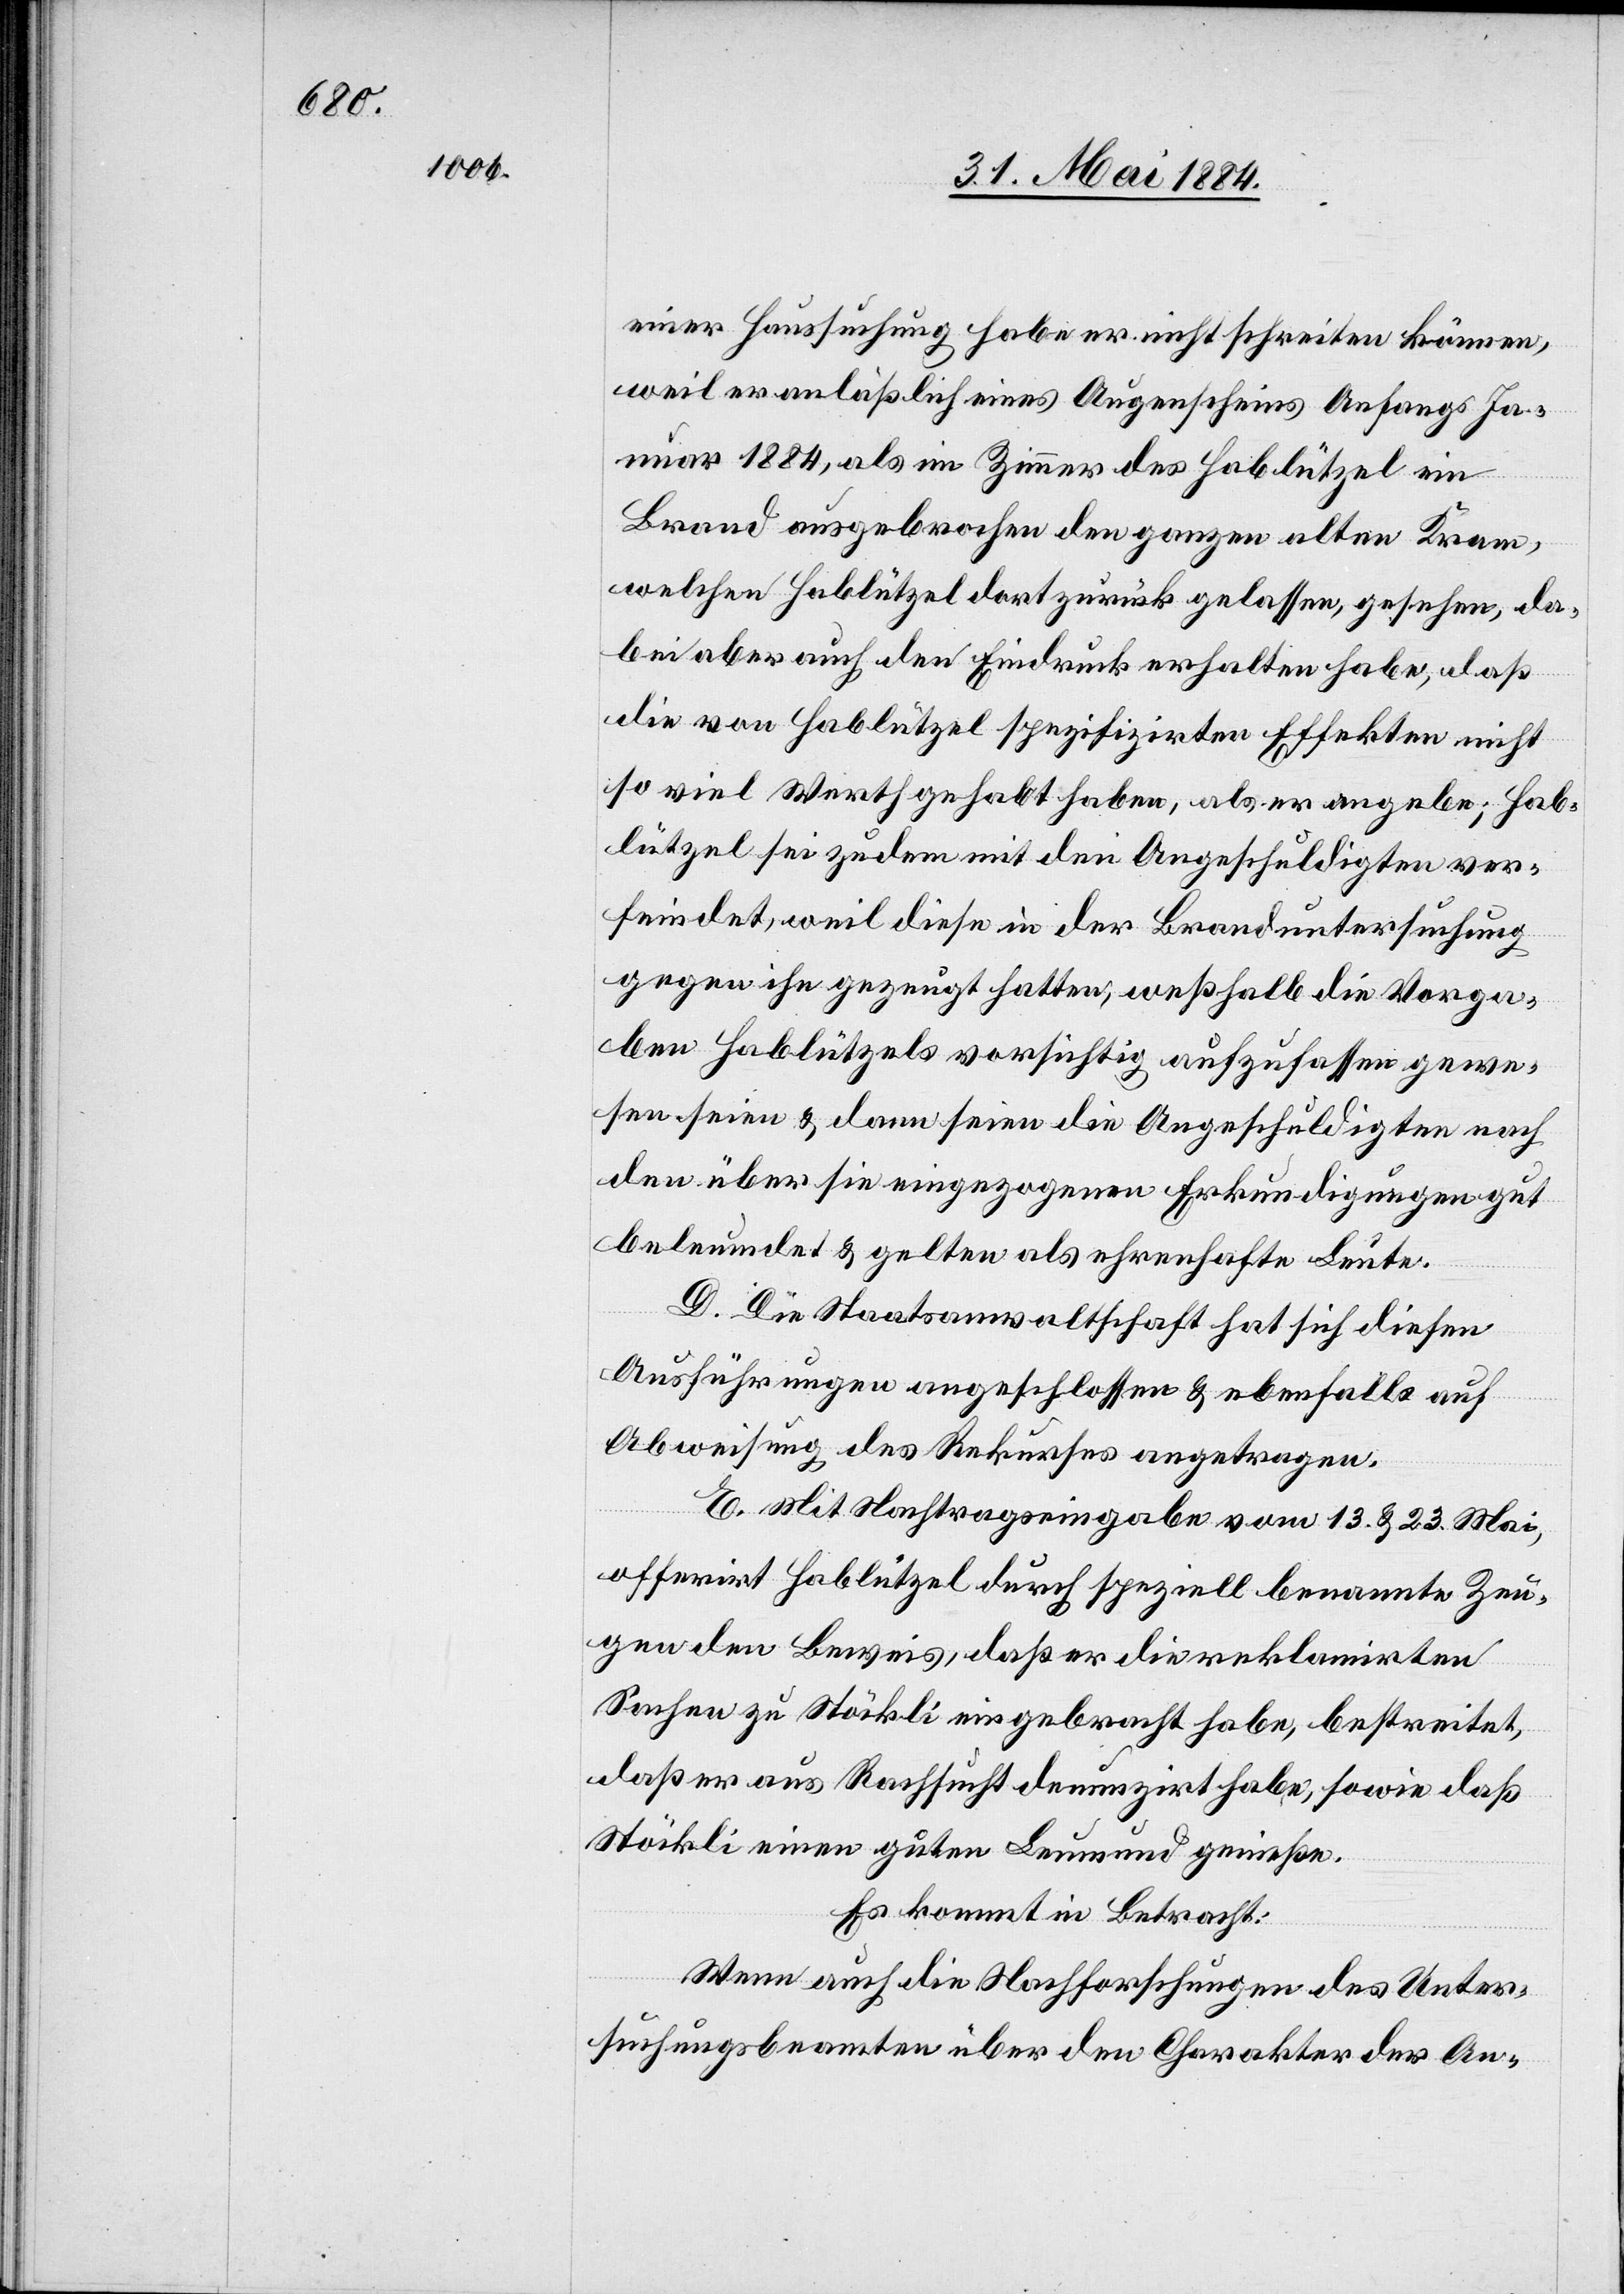
einer Haussuchung habe er nicht schreiten können,
weil er anläßlich eines Augenscheins Anfangs Ja¬
nuar 1884, als im Zimmer des Hablützel ein
Brand ausgebrochen den ganzen alten Kram,
welchen Hablützel dort zurück gelassen, gesehen, da¬
bei aber auch den Eindruck erhalten habe, daß
die von Hablützel spezifizirten Effekten nicht
so viel Werth gehabt haben, als er angebe; Hab¬
lützel sei zudem mit den Angeschuldigten ver¬
feindet, weil diese in der Branduntersuchung
gegen ihn gezeugt hatten, weßhalb die Vorga¬
ben Hablützels vorsichtig aufzufassen gewe¬
sen seien & dann seien die Angeschuldigten nach
den über sie eingezogenen Erkundigungen gut
beleumdet & gelten als ehrenhafte Leute.
D. Die Staatsanwaltschaft hat sich diesen
Ausführungen angeschlossen & ebenfalls auf
Abweisung des Rekurses angetragen.
E. Mit Nachtragseingabe vom 13. & 23. Mai,
offerirt Hablützel durch speziell benannte Zeu¬
gen den Beweis, daß er die reklamirten
Sachen zu Stöckli eingebracht habe, bestreitet,
daß er aus Rachsucht denunzirt habe, sowie daß
Stöckli einen guten Leumund genieße.
Es kommt in Betracht:
Wenn auch die Nachforschungen des Unter¬
suchungsbeamten über den Charakter der An-